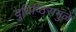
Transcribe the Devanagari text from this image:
युधिष्ठिरामुळे